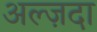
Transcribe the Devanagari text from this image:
अल्ज़दा